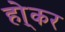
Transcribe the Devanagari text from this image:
हो्कर